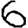
Digit: 6